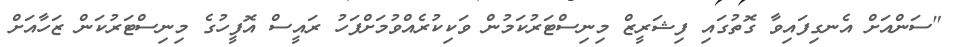
"ސަންއަށް އެނގިފައިވާ ގޮތުގައި ފިޝަރީޒް މިނިސްޓަރުކަމުން ވަކިކުރެއްވުމަށްފަހު ރައީސް އޮފީހުގެ މިނިސްޓަރުކަން ޒަހާއަށް